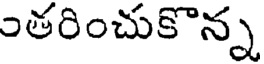
ంతరించుకొన్న